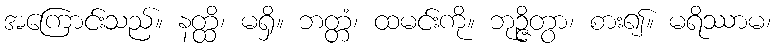
အကြောင်းသည်။ နတ္ထိ၊ မရှိ။ ဘတ္တံ၊ ထမင်းကို။ ဘုဉ္ဇိတွာ၊ စား၍။ မရိဿာမ၊